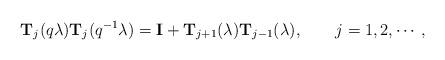
LaTeX: \begin{align*}{\bf T}_j(q \lambda) {\bf T}_j(q^{-1} \lambda)={\bf I}+{\bf T}_{j+1}(\lambda){\bf T}_{j-1}(\lambda),\qquad j=1,2, \cdots, \end{align*}